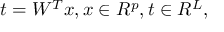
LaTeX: t = W ^ { T } x , x \in R ^ { p } , t \in R ^ { L } ,